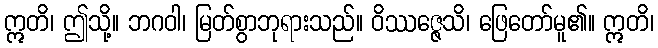
ဣတိ၊ ဤသို့။ ဘဂဝါ၊ မြတ်စွာဘုရားသည်။ ဝိဿဇ္ဇေသိ၊ ဖြေတော်မူ၏။ ဣတိ၊